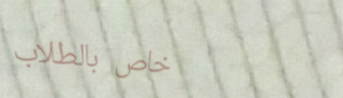
خاص بالطلاب